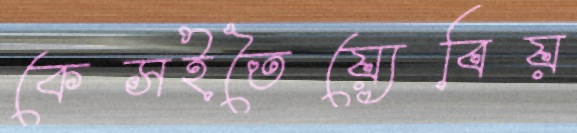
কেসইতৈয়্যেবিয়